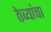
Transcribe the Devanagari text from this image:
ठेव्यांचा